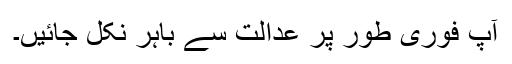
آپ فوری طور پر عدالت سے باہر نکل جائیں۔